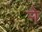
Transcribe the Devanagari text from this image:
र्‍ाे